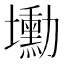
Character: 𡓕